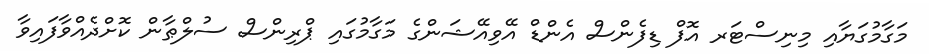
މަގާމުގަޔާއި މިނިސްޓަރ އޮފް ޑިފެންސް އެންޑް އޭވިއޭޝަންގެ މަގާމުގައި ޕްރިންސް ސުލްޠާން ކޮށްދެއްވާފައިވާ